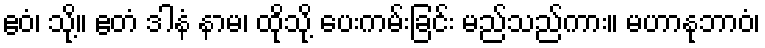
ဧဝံ၊ သို့။ ဧတံ ဒါနံ နာမ၊ ထိုသို့ ပေးကမ်းခြင်း မည်သည်ကား။ မဟာနုဘာဝံ၊